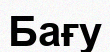
Бағу